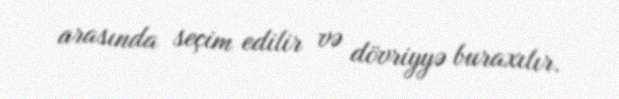
arasında seçim edilir və dövriyyə buraxılır.